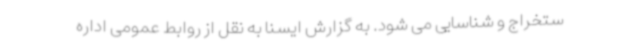
ستخراج و شناسایی می شود. به گزارش ایسنا به نقل از روابط عمومی اداره